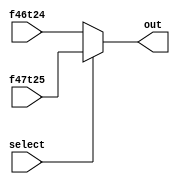
module mux23b(select, f47t25, f46t24, out);
  input select;
  input[22:0] f47t25, f46t24;
  output [22:0] out;
  
  assign out= (select) ? f47t25 : f46t24;
endmodule